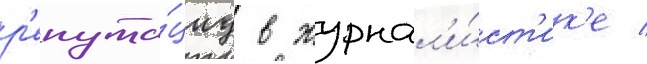
р'епута́циу в журнал'и́ст'ик'е /